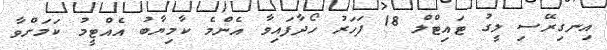
އިނގިރޭސި ލީގު ޓައިޓްލް 18 ފަހަރު ހޯދާފައިވާ އެންމެ ކާމިޔާބު އެއްޓީމު ކަމަށްވާ